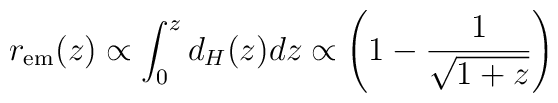
r_{\rm em}(z) \propto \int_0^z d_H(z) dz \propto \left( 1 - \frac{1}{\sqrt{1+z}}\right)